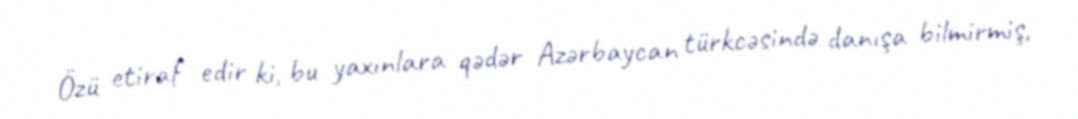
Özü etiraf edir ki, bu yaxınlara qədər Azərbaycan türkcəsində danışa bilmirmiş,